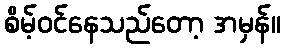
စိမ့်ဝင်နေသည်တော့ အမှန်။